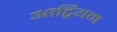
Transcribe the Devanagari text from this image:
आट्रियम